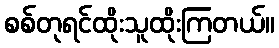
စစ်တုရင်ထိုးသူထိုးကြတယ်။